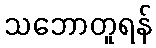
သဘောတူရန်